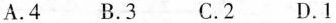
A.4 B.3 C.2 D.1